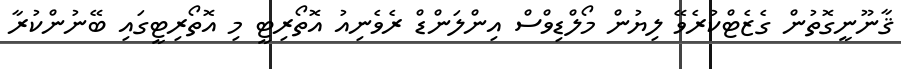
ޤާނޫނީގޮތުން ގެޒެޓްކުރެވޭ ލިޔުން މޯލްޑިވްސް އިންލަންޑް ރެވެނިއު އޮތޯރިޓީ މި އޮތޯރިޓީގައި ބޭނުންކުރާ